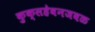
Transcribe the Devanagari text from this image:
कुक्सहेवनजवळ